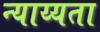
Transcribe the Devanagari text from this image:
न्याय्यता